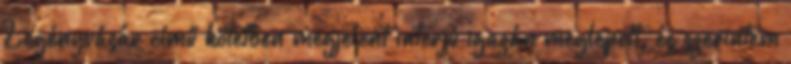
Legényvásár című kötetben megjelent interjú igazán meglepett, és szerintem